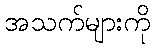
အသက်များကို